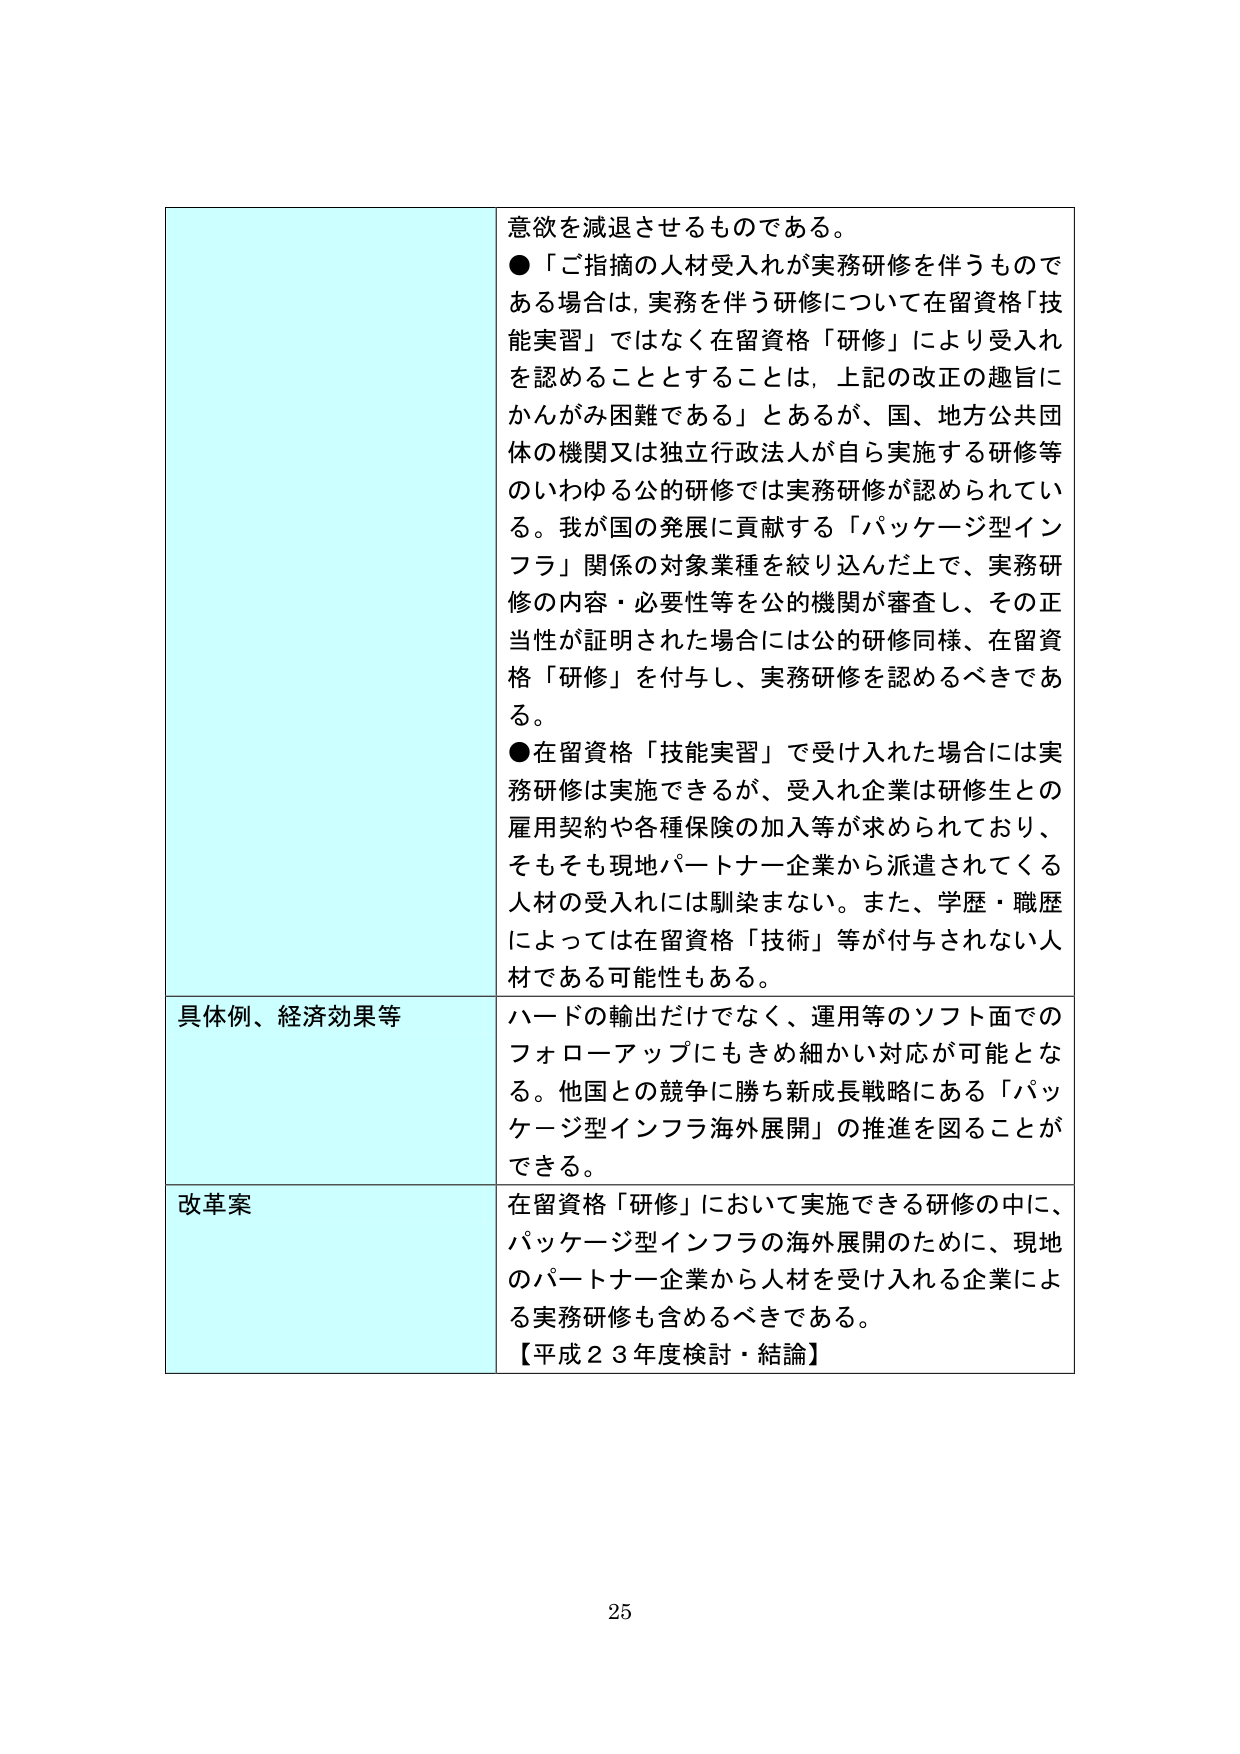
意欲を減退させるものである。
●「ご指摘の人材受入れが実務研修を伴うものである場合は、実務を伴う研修について在留資格「技能実習」ではなく在留資格「研修」により受入れを認めることとすることは、上記の改正の趣旨にかんがみ困難である」とあるが、国、地方公共団体の機関又は独立行政法人が自ら実施する研修等のいわゆる公的研修では実務研修が認められている。我が国の発展に貢献する「パッケージ型インフラ」関係の対象業種を絞り込んだ上で、実務研修の内容・必要性等を公的機関が審査し、その正当性が証明された場合には公的研修同様、在留資格「研修」を付与し、実務研修を認めるべきである。
●在留資格「技能実習」で受け入れた場合には実務研修は実施できるが、受入れ企業は研修生との雇用契約や各種保険の加入等が求められており、そもそも現地パートナー企業から派遣されてくる人材の受入れには馴染まない。また、学歴・職歴によっては在留資格「技術」等が付与されない人材である可能性もある。
具体例、経済効果等
ハードの輸出だけでなく、運用等のソフト面でのフォローアップにもきめ細かい対応が可能となる。他国との競争に勝ち新成長戦略にある「パッケージ型インフラ海外展開」の推進を図ることができる。
改革案
在留資格「研修」において実施できる研修の中に、パッケージ型インフラの海外展開のために、現地のパートナー企業から人材を受け入れる企業による実務研修も含めるべきである。
【平成２３年度検討・結論】
25